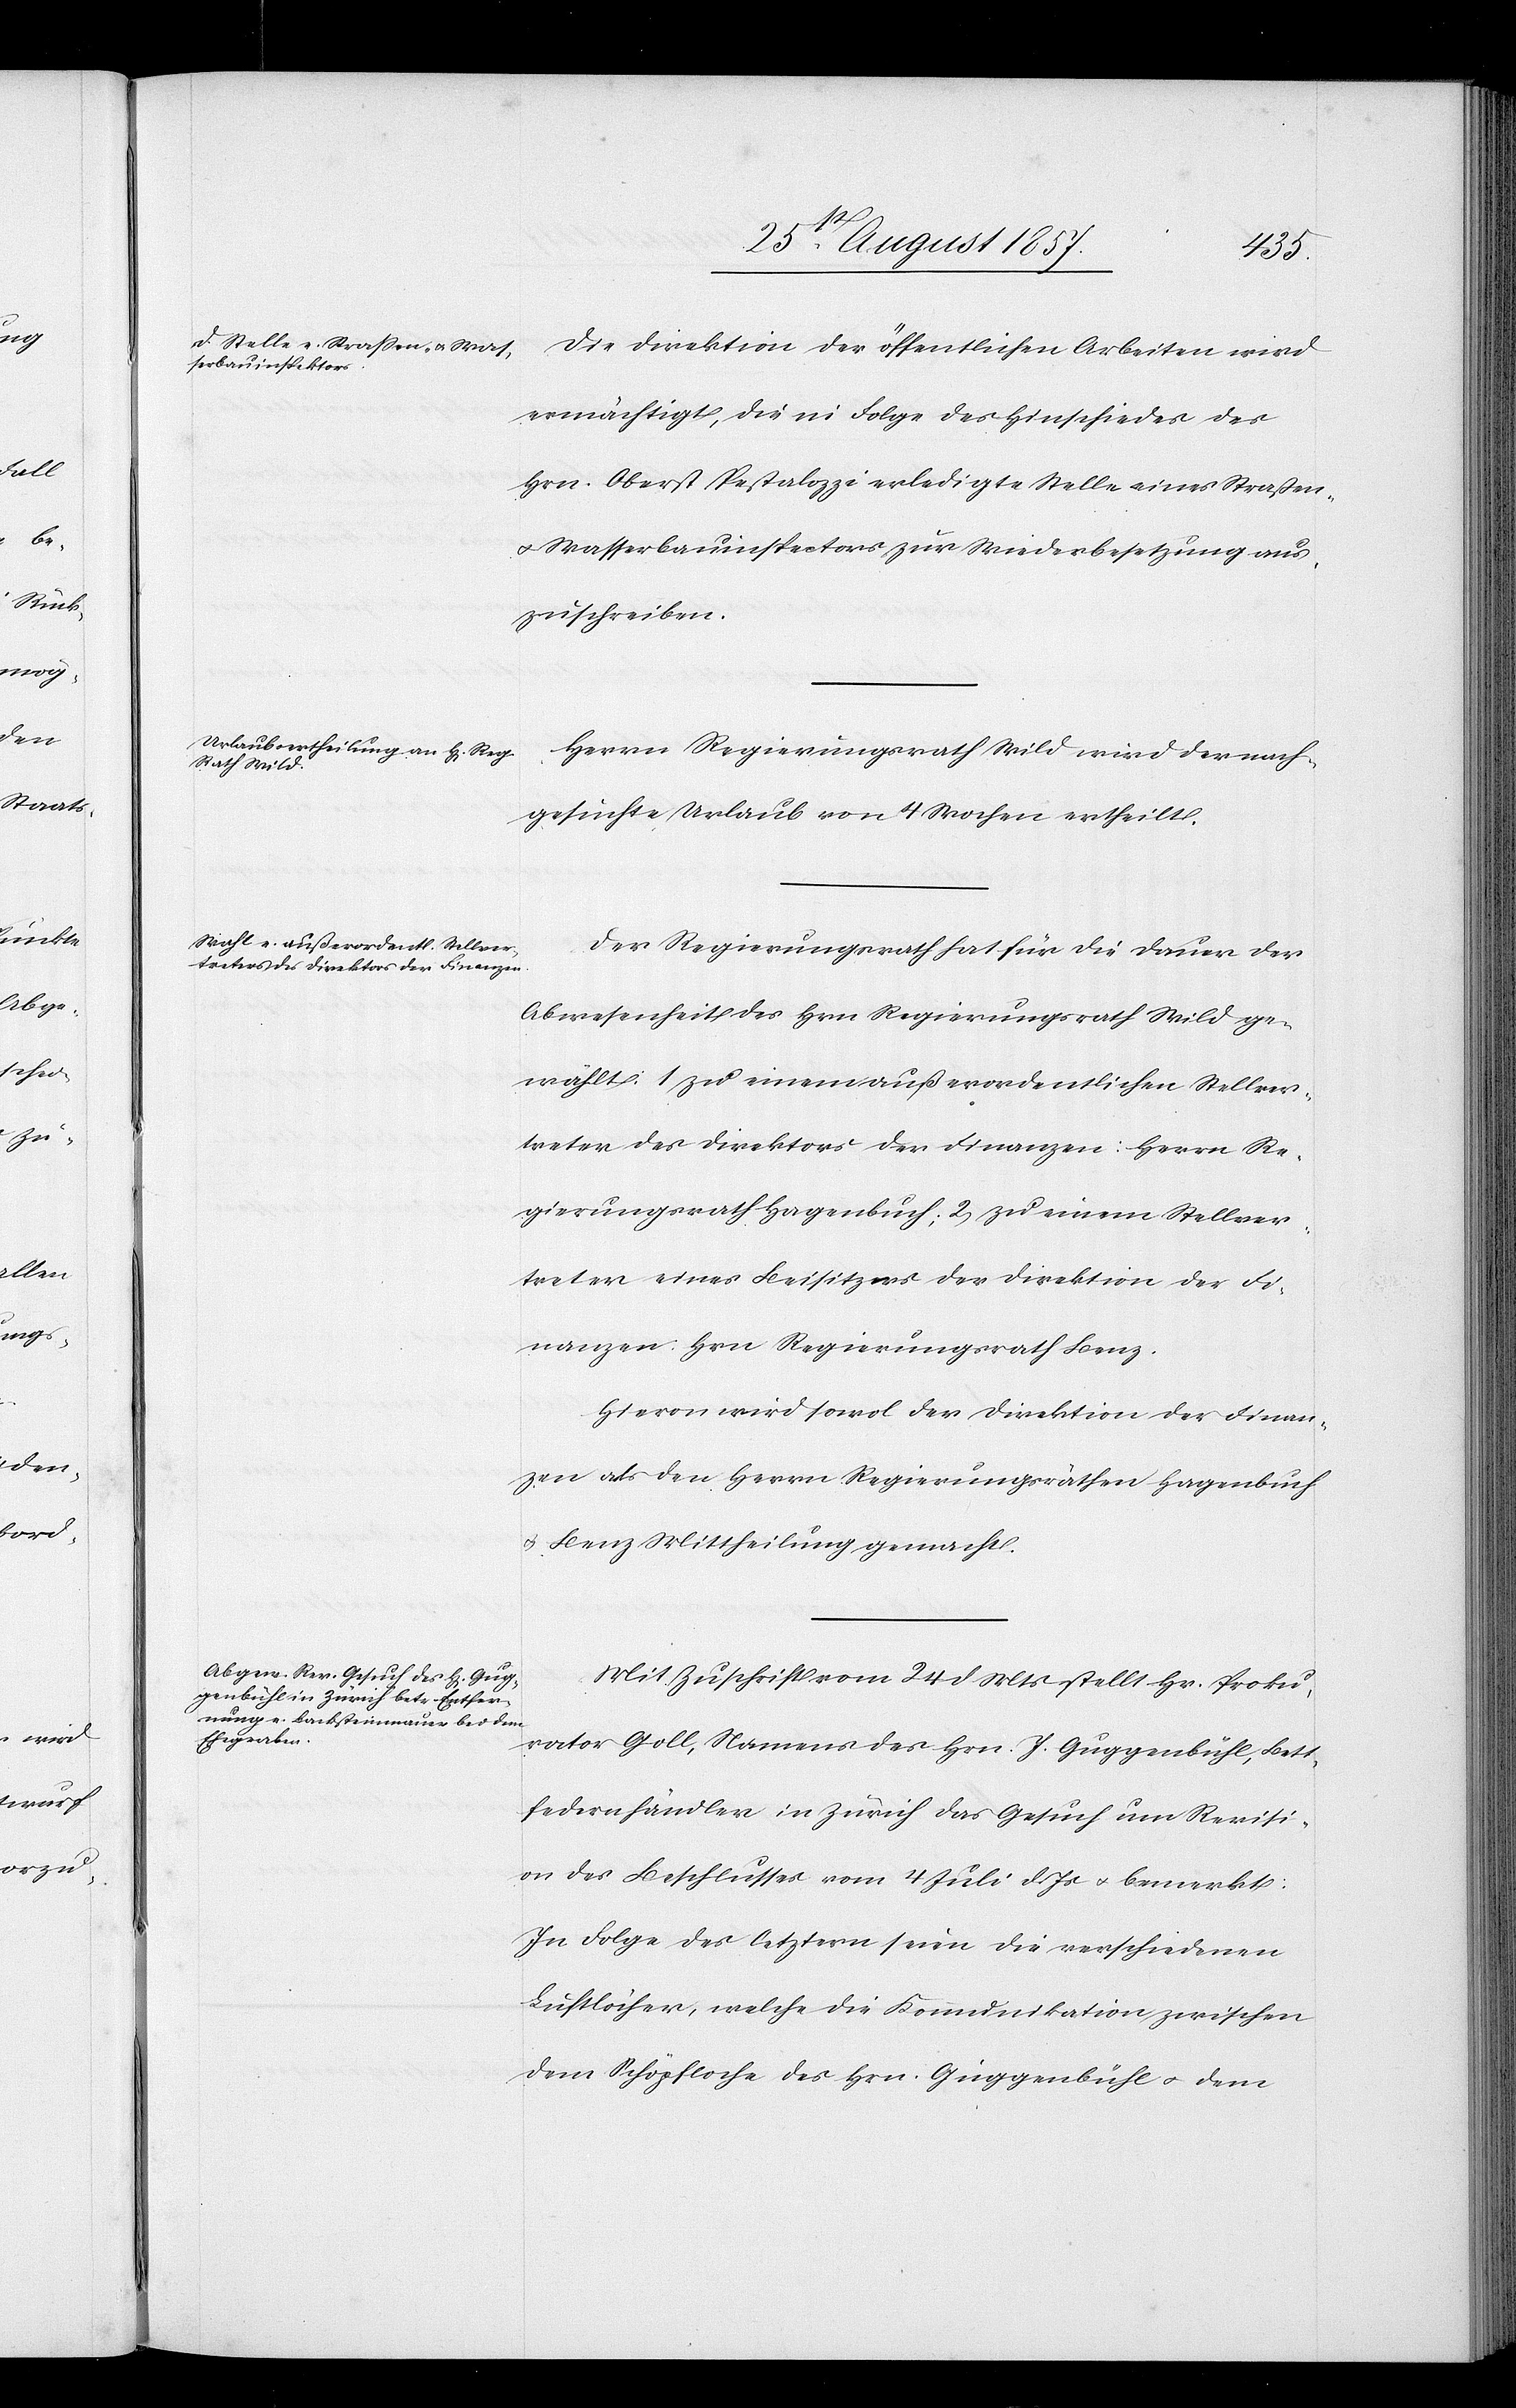
Die Direktion der öffentlichen Arbeiten wird
ermächtigt, die in Folge des Hinschiedes des
Hrn. Oberst Pestalozzi erledigte Stelle eines Straßen-
& Wasserbauinspectors zur Wiederbesetzung aus¬
zuschreiben.
Herrn Regierungsrath Wild wird der nach¬
gesuchte Urlaub von 4 Wochen ertheilt.
Der Regierungsrath hat für die Dauer der
Abwesenheit des Hrn. Regierungsrath Wild ge¬
wählt: 1 zu einem außerordentlichen Stellver¬
treter des Direktors der Finanzen: Herrn Re¬
gierungsrath Hagenbuch; 2, zu einem Stellver¬
treter eines Beisitzers der Direktion der Fi¬
nanzen: Hrn. Regierungsrath Benz.
Hievon wird sowol der Direktion der Finan¬
zen als den Herrn Regierungsräthen Hagenbuch
& Benz Mittheilung gemacht.
Mit Zuschrift vom 24 d. Mts. stellt Hr. Proku¬
rator Goll, Namens des Hrn. J. Guggenbühl, Bett¬
federnhändler in Zürich das Gesuch um Revisi¬
on des Beschlusses vom 4 Juli d. Js. & bemerkt:
In Folge des letztern seien die verschiedenen
Luftlöcher, welche die Kommunikation zwischen
dem Schöpfloche des Hrn. Guggenbühl & dem